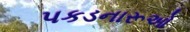
પકડનારૂઓ